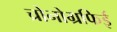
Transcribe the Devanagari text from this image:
च्रोनोग्रफिई